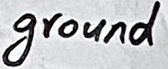
Text: ground